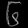
Digit: ၆